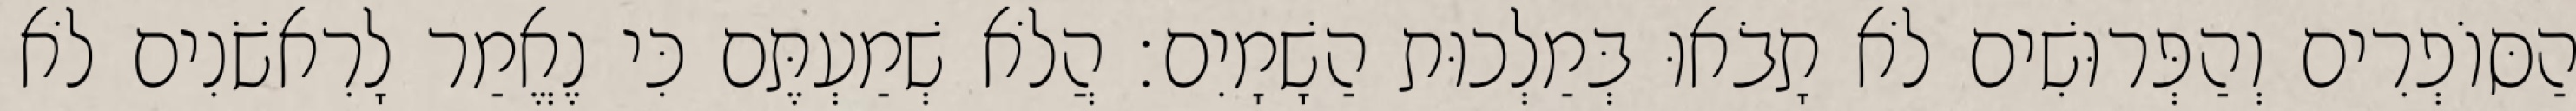
הַסּוֹפְרִים וְהַפְּרוּשִׁים לֹא תָבֹאוּ בְּמַלְכוּת הַשָׁמָיִם׃ הֲלֹא שְׁמַעְתֶּם כִּי נֶאֱמַר לָרִאשֹׁנִים לֹא